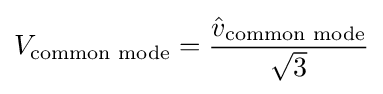
V_{\text{common mode}}={\frac {{\hat {v}}_{\text{common mode}}}{\sqrt {3}}}